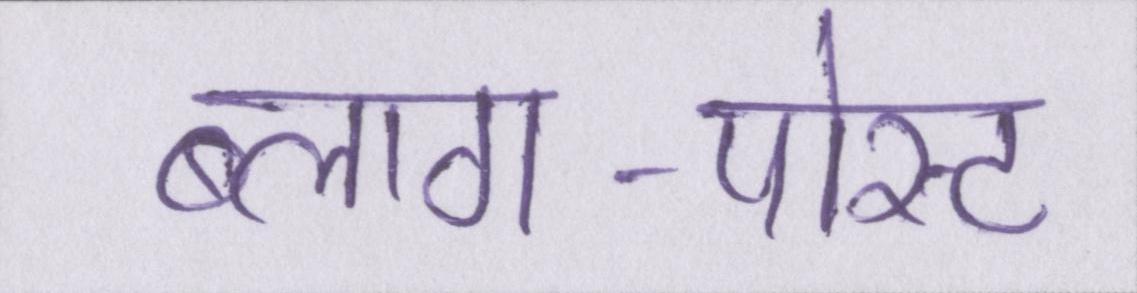
ब्लाग-पोस्ट